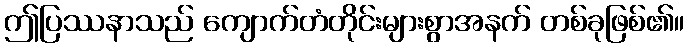
ဤပြဿနာသည် ကျောက်တံတိုင်းများစွာအနက် တစ်ခုဖြစ်၏။